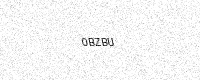
Text: 0BZBU